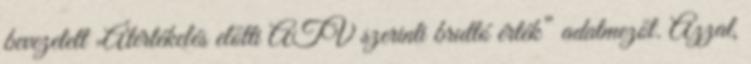
bevezetett „Átértékelés előtti ATV szerinti bruttó érték” adatmezőt. Azzal,